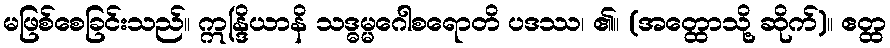
မဖြစ်စေခြင်းသည်။ ဣန္ဒြိယာနိ သဒ္ဓမ္မဂေါစရောတိ ပဒဿ၊ ၏။ (အတ္ထောသို့ ဆိုက်)။ ဧတ္ထ